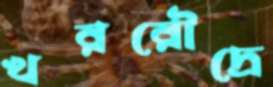
খররৌদ্রে